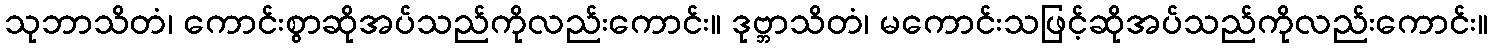
သုဘာသိတံ၊ ကောင်းစွာဆိုအပ်သည်ကိုလည်းကောင်း။ ဒုဗ္ဘာသိတံ၊ မကောင်းသဖြင့်ဆိုအပ်သည်ကိုလည်းကောင်း။